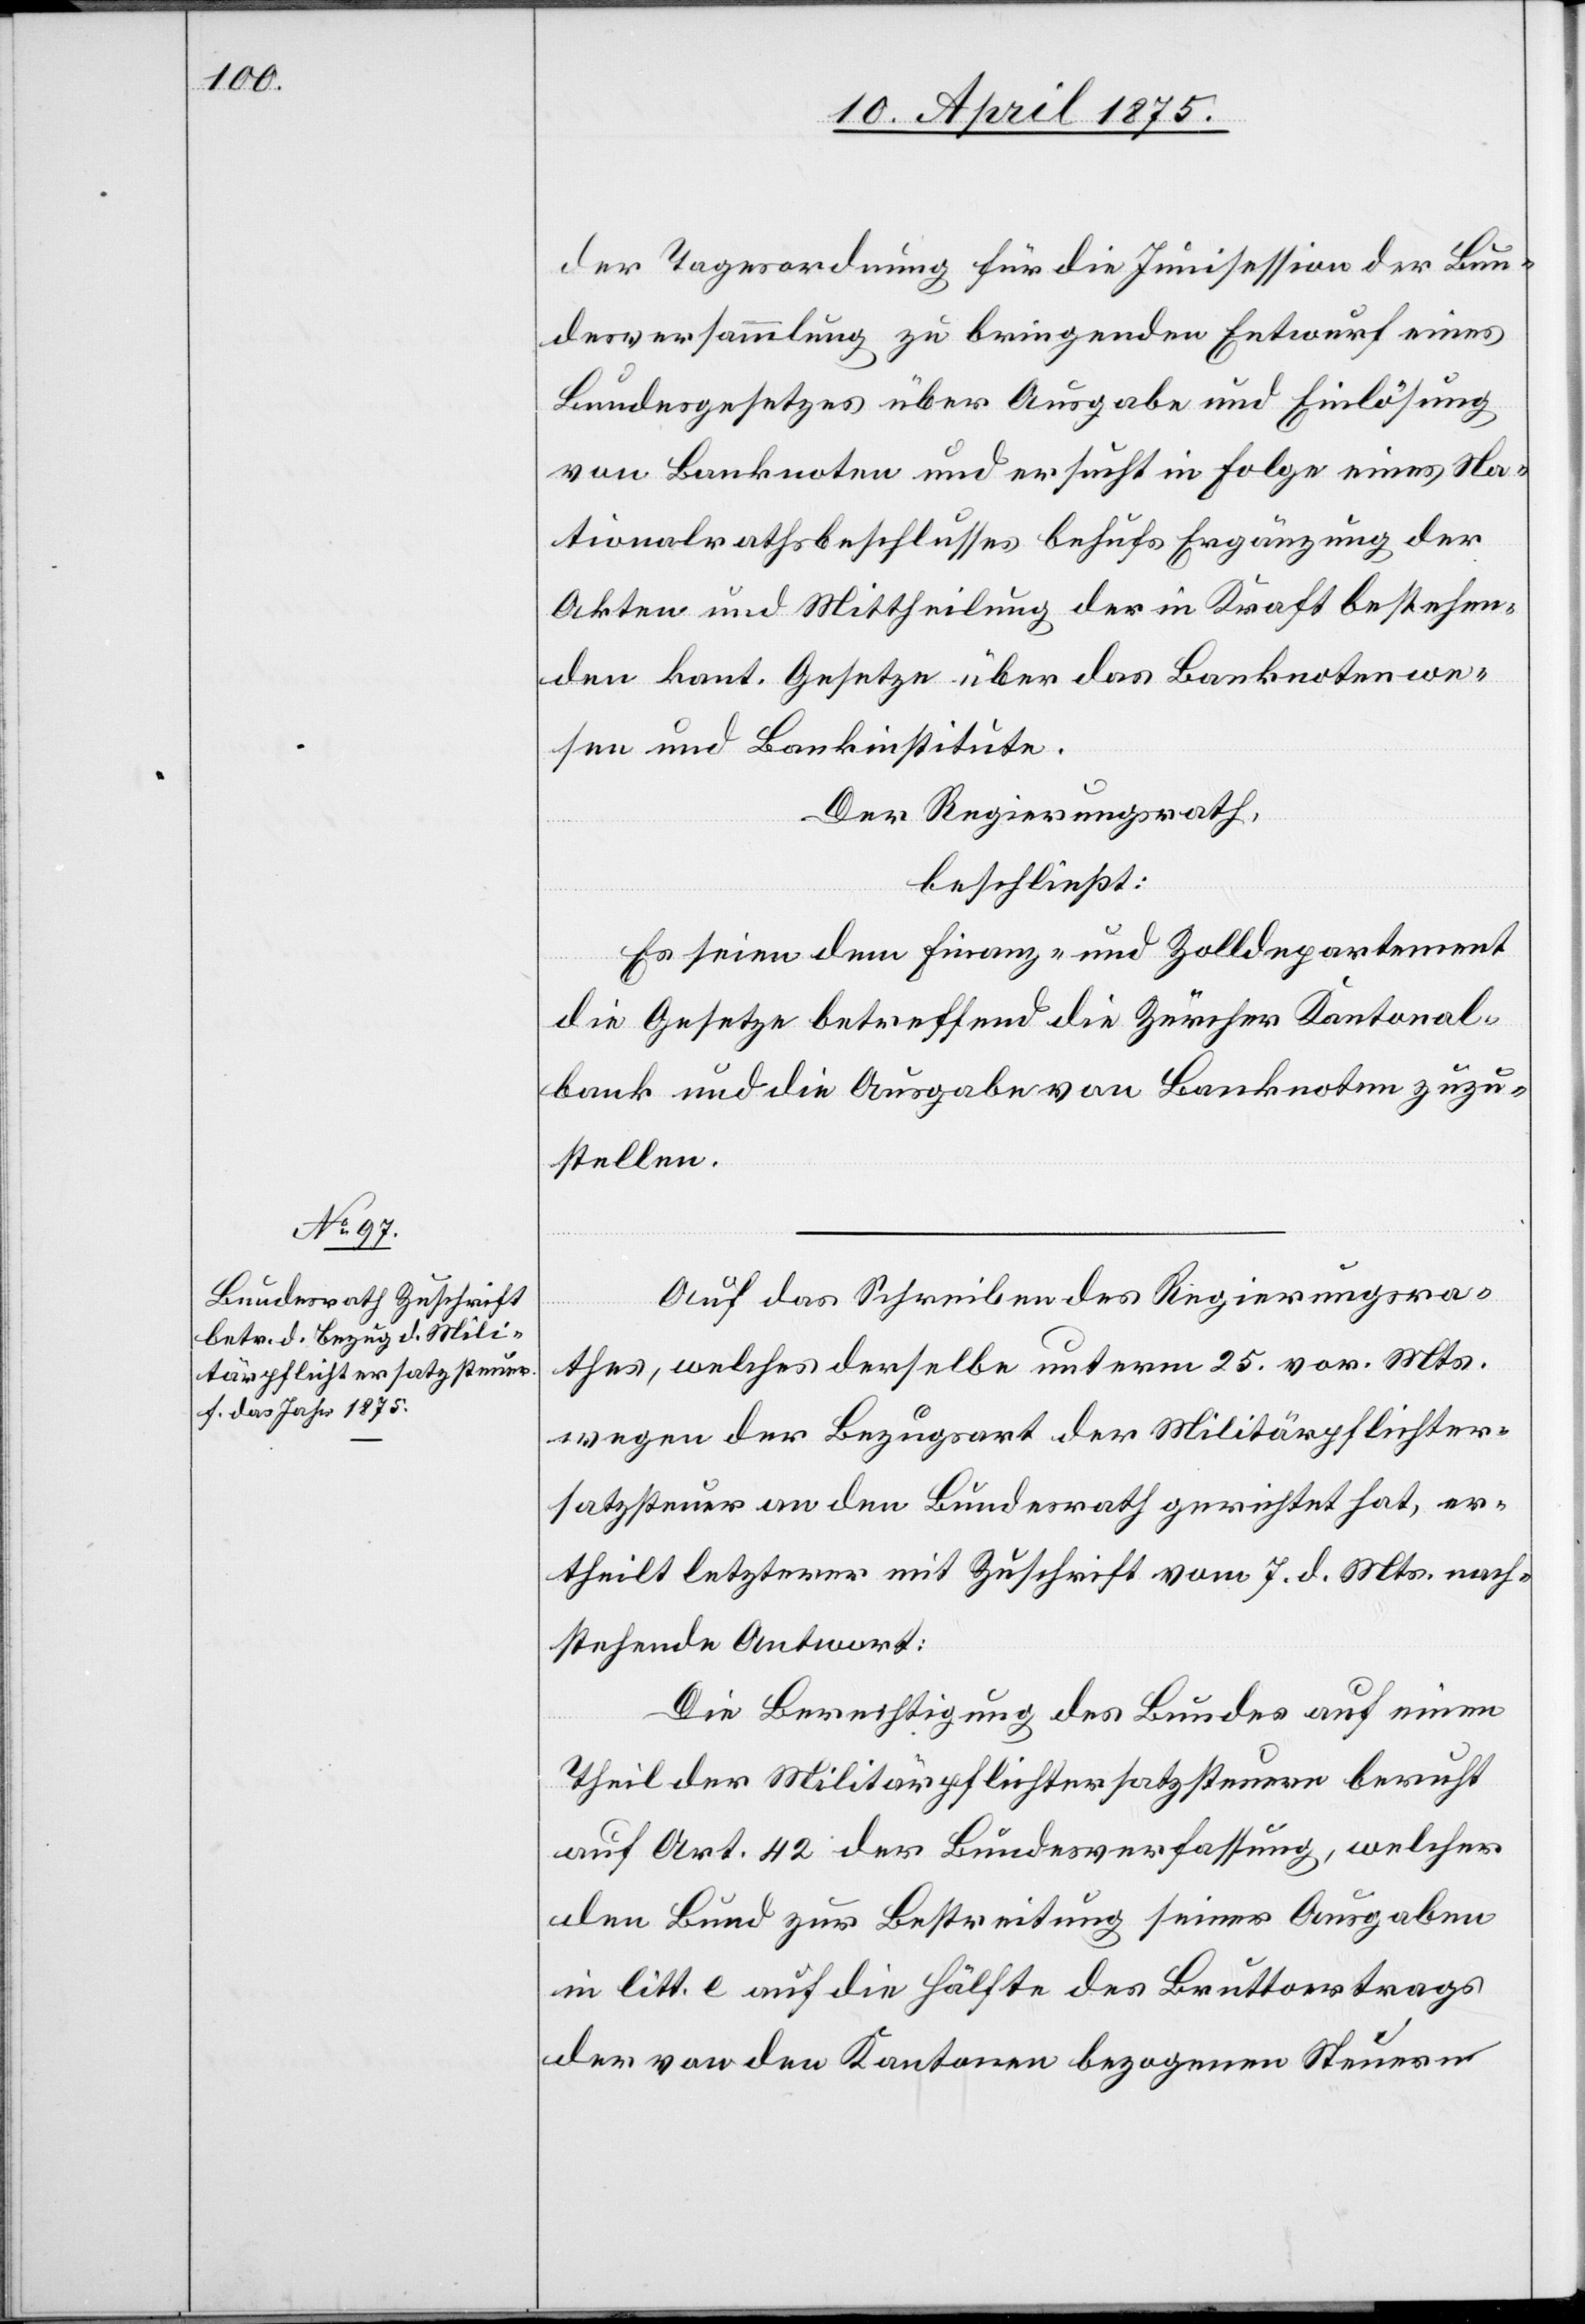
der Tagesordnung für die Junisession der Bun¬
desversammlung zu bringenden Entwurf eines
Bundesgesetzes über Ausgabe und Einlösung
von Banknoten und ersucht in Folge eines Na¬
tionalrathsbeschlusses behufs Ergänzung der
Akten und Mittheilung der in Kraft bestehen¬
den kant. Gesetze über das Banknotenwe¬
sen und Bankinstitute.
Der Regierungsrath,
beschließt:
Es seien dem Finanz- und Zolldepartement
die Gesetze betreffend die Zürcher Kantonal¬
bank und die Ausgabe von Banknoten zuzu¬
stellen.
Auf das Schreiben des Regierungsra¬
thes, welches derselbe unterm 25. vor. Mts.
wegen der Bezugsart der Militärpflichter¬
satzsteuer an den Bundesrath gerichtet hat, er¬
theilt letzterer mit Zuschrift vom 7. d. Mts. nach¬
stehende Antwort:
Die Berechtigung des Bundes auf einen
Theil der Militärpflichtersatzsteuer beruht
auf Art. 42 der Bundesverfassung, welcher
den Bund zur Bestreitung seiner Ausgaben
in litt. e auf die Hälfte des Bruttoertrags
der von den Kantonen bezogenen Steuern